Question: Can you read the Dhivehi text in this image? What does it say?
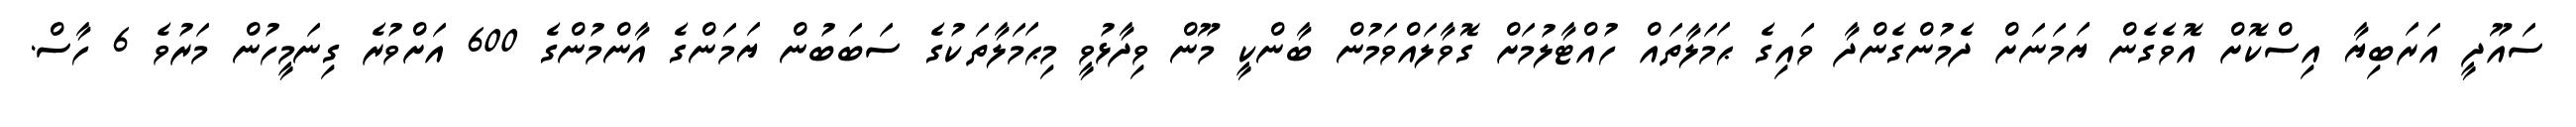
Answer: ސައޫދީ އަރަބިޔާ އިސްކޮށް އޮވެގެން ޔަމަނަށް ދެމުންގެންދާ ވައިގެ ޙަމަލާތައް ހުއްޓާލުމަށް ގޮވާލައްވަމުން ބާންކީ މޫން ވިދާޅުވީ މިޙަމަލާތަކުގެ ސަބަބުން ޔަމަންގެ އާންމުންގެ 600 އަށްވުރެ ގިނަމީހުން މަރުވެ 6 ހާސް.